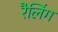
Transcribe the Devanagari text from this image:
रैलिंग